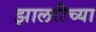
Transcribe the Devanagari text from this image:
झालरीच्या